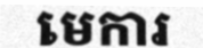
មេការ